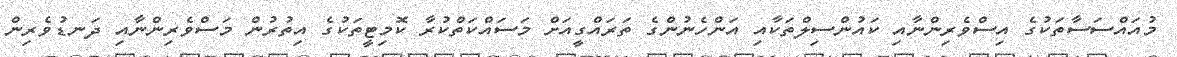
މުއައްސަސާތަކުގެ އިސްވެރިންނާއި ކައުންސިލްތަކާއި އަންހެނުންގެ ތަރައްގީއަށް މަސައްކަތްކުރާ ކޮމިޓީތަކުގެ އިތުރުން މަސްވެރިންނާއި ދަނޑުވެރިން